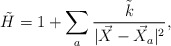
\begin{align*}\tilde{H}= 1+\sum_a \frac{\tilde{k}}{|\vec{X}-\vec{X}_a|^{2}},\end{align*}